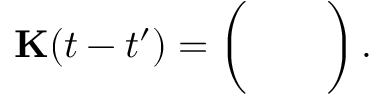
\mathbf { { K } } ( t - t ^ { \prime } ) = \left( \begin{array} { l l } { \begin{array} { r l } \end{array} } & { \begin{array} { r l } \end{array} } \\ { \begin{array} { r l } \end{array} } & { \begin{array} { r l } \end{array} } \end{array} \right) .